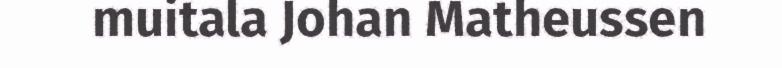
muitala Johan Matheussen